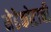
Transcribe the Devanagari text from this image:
मेढेकोटाची